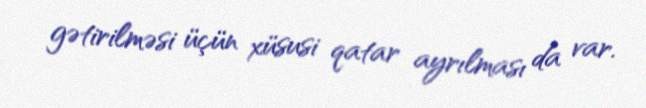
gətirilməsi üçün xüsusi qatar ayrılması da var.